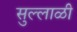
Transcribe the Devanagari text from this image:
सुल्लाळी